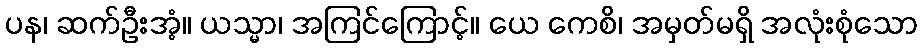
ပန၊ ဆက်ဦးအံ့။ ယသ္မာ၊ အကြင်ကြောင့်။ ယေ ကေစိ၊ အမှတ်မရှိ အလုံးစုံသော